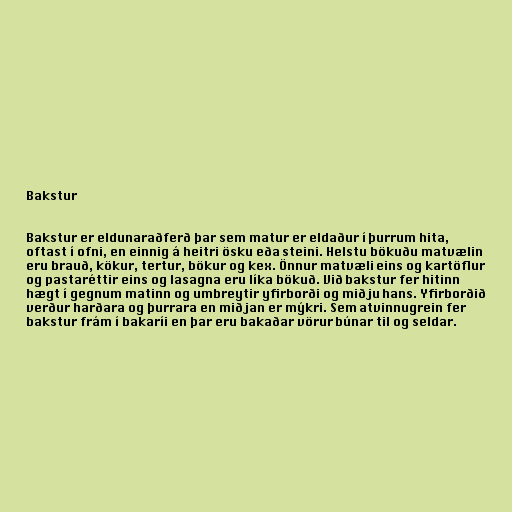
Bakstur

Bakstur er eldunaraðferð þar sem matur er eldaður í þurrum hita,
oftast í ofni, en einnig á heitri ösku eða steini. Helstu bökuðu matvælin
eru brauð, kökur, tertur, bökur og kex. Önnur matvæli eins og kartöflur
og pastaréttir eins og lasagna eru líka bökuð. Við bakstur fer hitinn
hægt í gegnum matinn og umbreytir yfirborði og miðju hans. Yfirborðið
verður harðara og þurrara en miðjan er mýkri. Sem atvinnugrein fer
bakstur frám í bakaríi en þar eru bakaðar vörur búnar til og seldar.